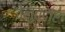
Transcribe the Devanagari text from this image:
वेलुत्दार